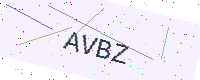
Text: AVBZ